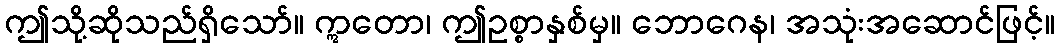
ဤသို့ဆိုသည်ရှိသော်။ ဣတော၊ ဤဥစ္စာနှစ်မှ။ ဘောဂေန၊ အသုံးအဆောင်ဖြင့်။